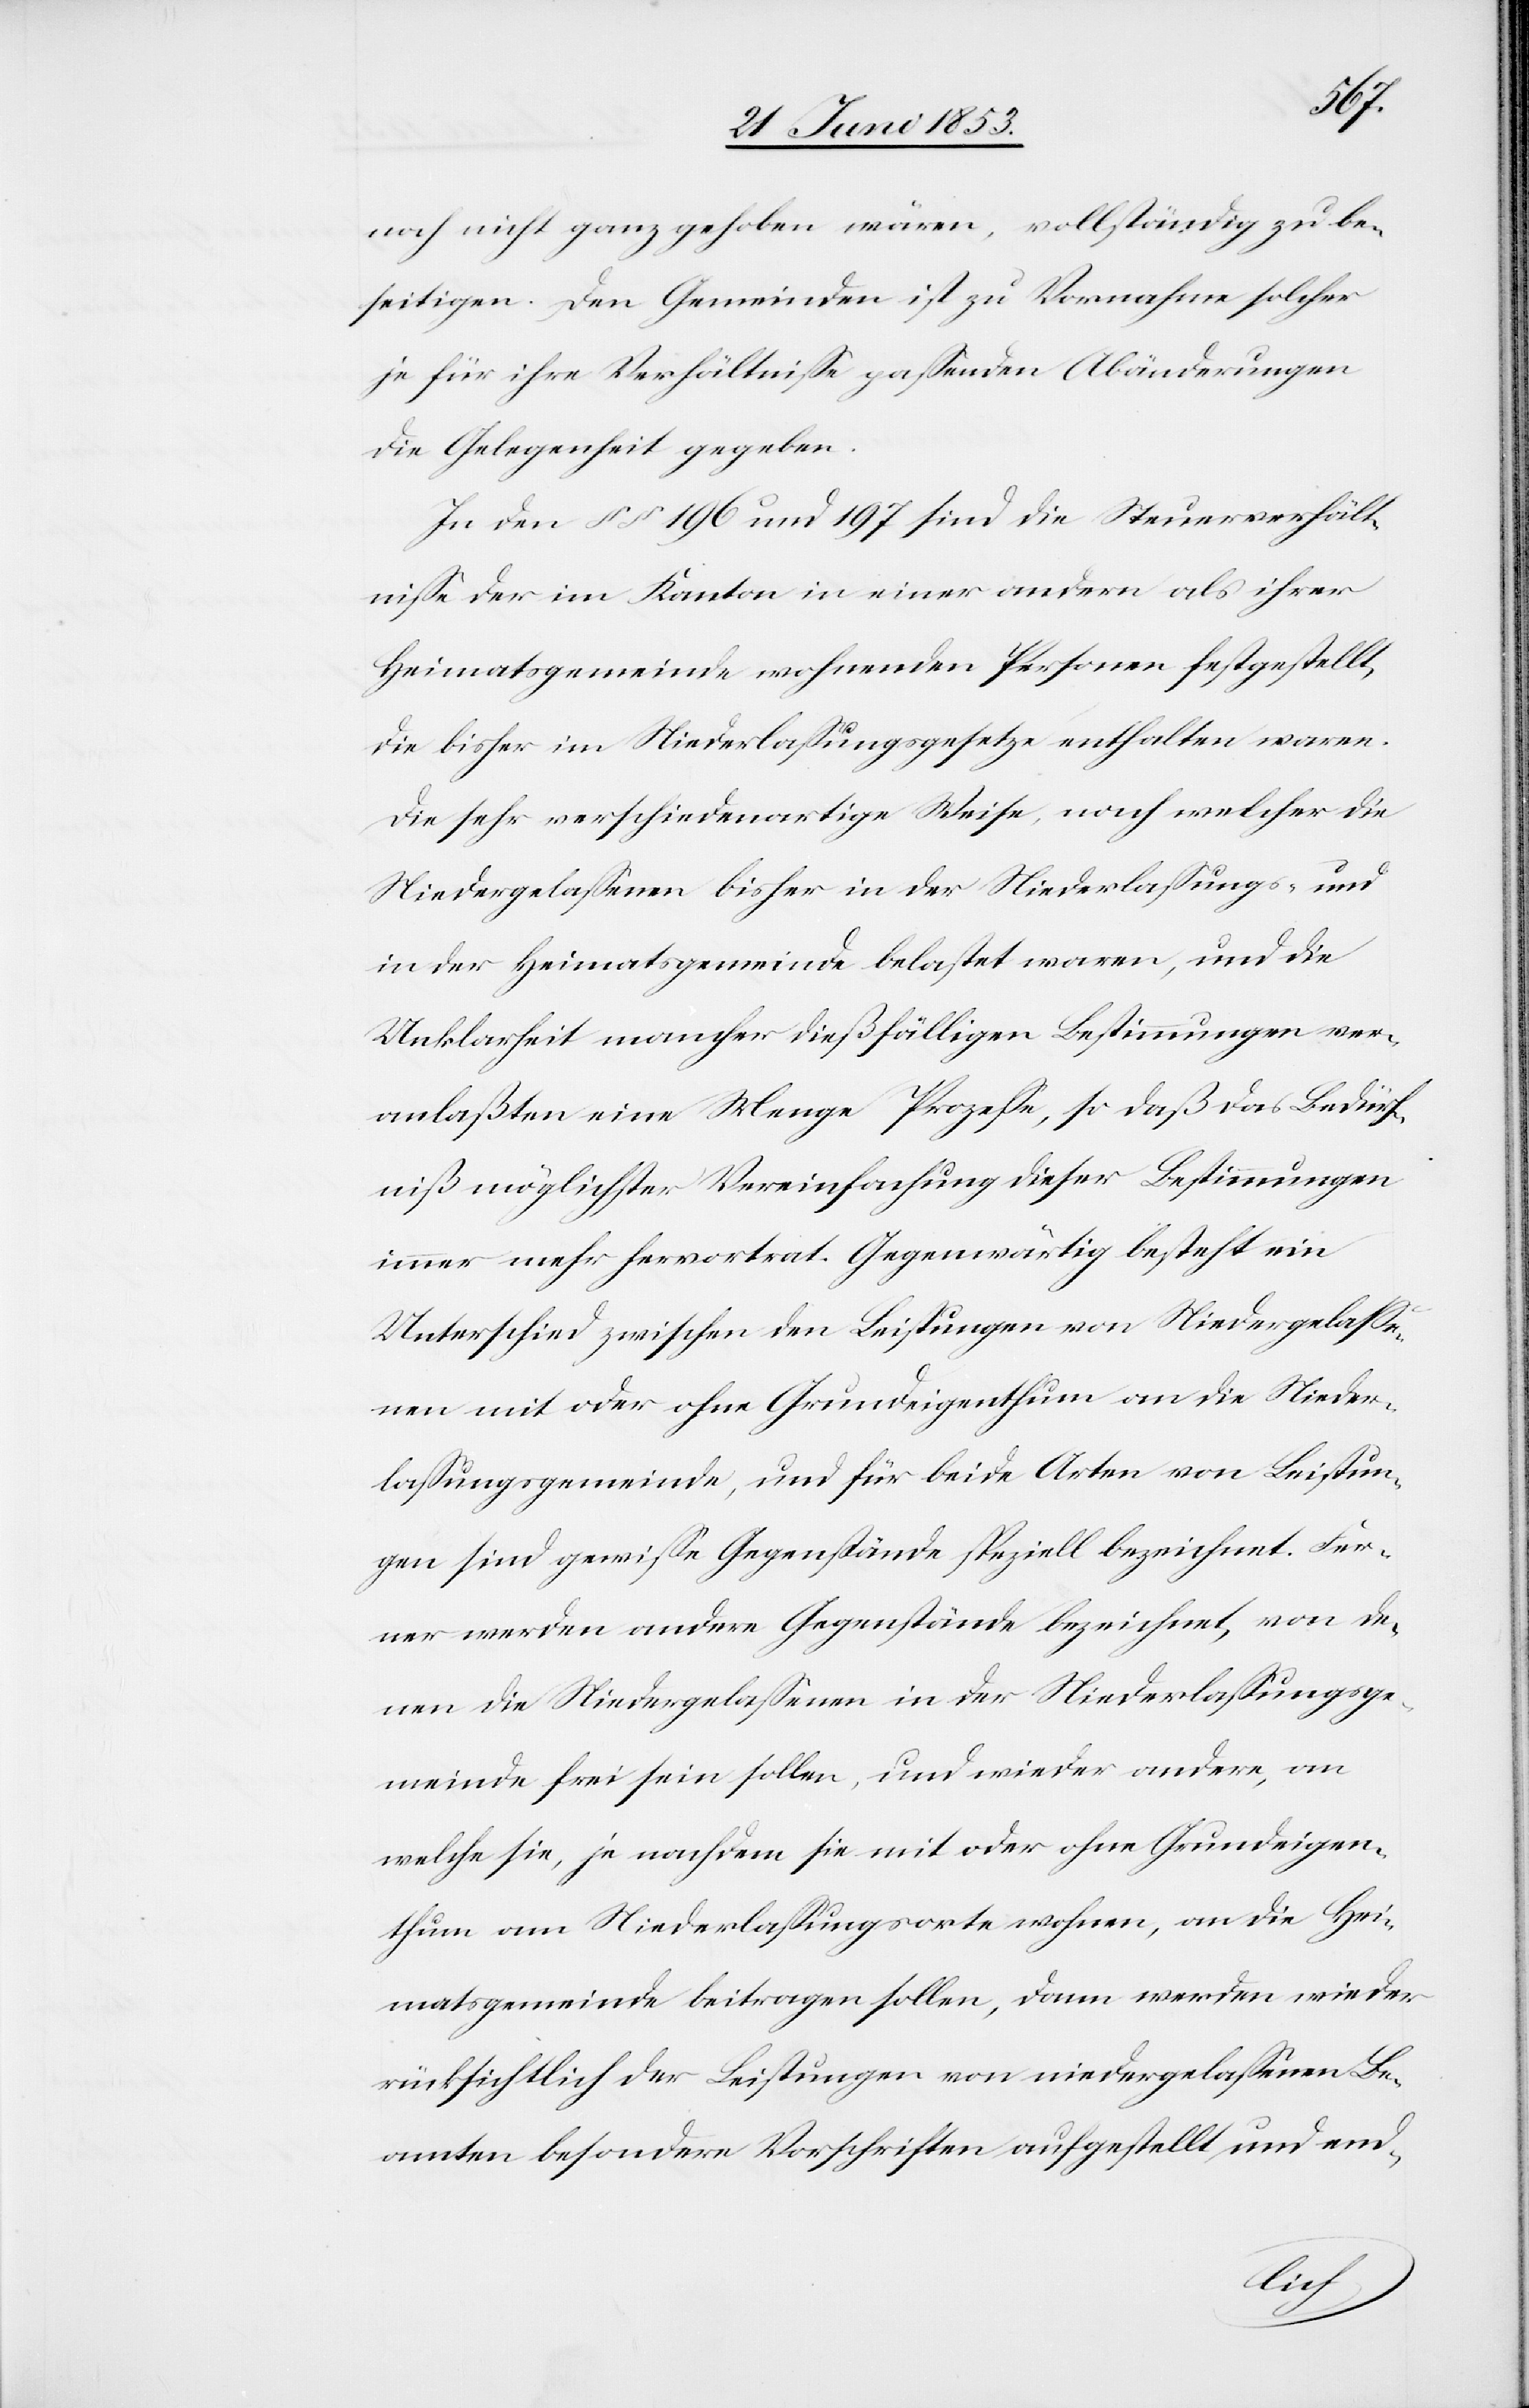
de¬
noch nicht ganz gehoben wären, vollständig zu be¬
seitigen. Den Gemeinden ist zu Vornahme solcher
je für ihre Verhältniße paßenden Abänderungen
die Gelegenheit gegeben.
In den §§ 196 und 197 sind die Steuerverhält¬
niße der im Kanton in einer andern als ihrer
Heimatsgemeinde wohnenden Personen festgestellt,
die bisher im Niederlaßungsgesetze enthalten waren.
Die sehr verschiedenartige Weise, nach welcher die
Niedergelaßenen bisher in der Niederlaßungs- und
in der Heimatsgemeinde belastet waren, und die
Unklarheit mancher dießfälligen Bestimmungen ver¬
anlaßten eine Menge Prozeße, so daß das Bedürf¬
niß möglichster Vereinfachung dieser Bestimmungen
immer mehr hervortrat. Gegenwärtig besteht ein
Unterschied zwischen den Leistungen von Niedergelaße¬
nen mit oder ohne Grundeigenthum an die Nieder¬
laßungsgemeinde, und für beide Arten von Bestimmun¬
gen sind gewiße Gegenstände speziell bezeichnet, von
nen die Niedergelaßenen in der Niederlaßungsge¬
meinde frei sein sollen, und wieder andere, an
welche sie, je nachdem sie mit oder ohne Grundeigen¬
thum am Niederlaßungsorte wohnen, an die Hei¬
matsgemeinde beitragen sollen, dann werden wieder
rücksichtlich der Leistungen von niedergelaßenen Be¬
amten besondere Vorschriften aufgestellt, und end-